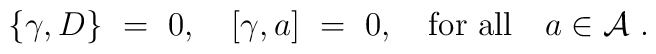
\{ \gamma, D\}\ = \ 0, \quad [\gamma, a] \ = \ 0, \quad {\rm for \  all} \quad a \in {\mathcal A} \ .